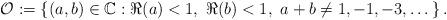
LaTeX: \begin{align*}\mathcal{O}:=\{(a,b)\in\mathbb{C}:\Re(a)<1,\ \Re(b)<1,\ a+b\ne1,-1,-3,\dots\}\,.\end{align*}